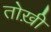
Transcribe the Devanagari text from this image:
तोख़ी